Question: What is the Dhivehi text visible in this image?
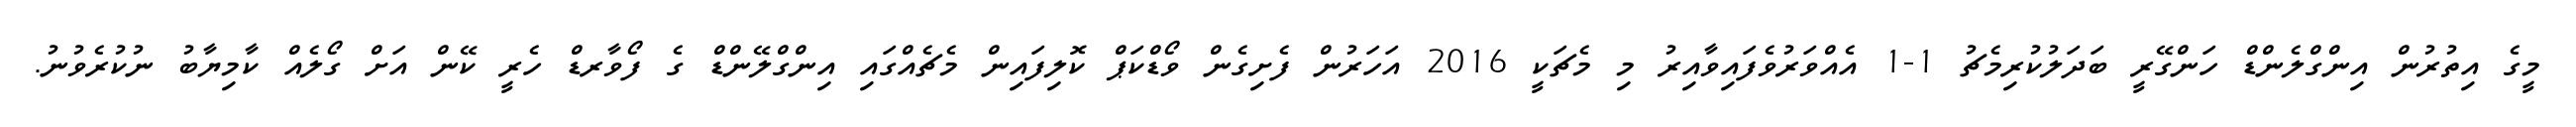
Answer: މީގެ އިތުރުން އިންގްލެންޑް ހަންގޭރީ ބަދަލުކުރިމެޗު 1-1 އެއްވަރުވެފައިވާއިރު މި މެޗަކީ 2016 އަހަރުން ފެށިގެން ވޯޑްކަޕް ކޮލިފައިން މެޗެއްގައި އިންގްލޭންޑް ގެ ފޯވާރޑް ހެރީ ކޭން އަށް ގޯލެއް ކާމިޔާބު ނުކުރެވުނު.